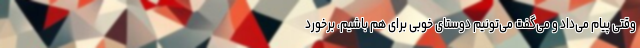
وقتی پیام می‌داد و می‌گفت می‌تونیم دوستای خوبی برای هم باشیم، برخورد